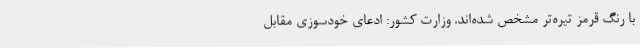
با رنگ قرمز تیره‌تر مشخص شده‌اند. وزارت کشور: ادعای خودسوزی مقابل